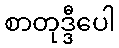
စာတုဒ္ဒီပေါ